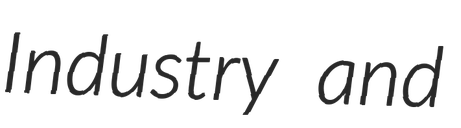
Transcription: Industry and